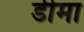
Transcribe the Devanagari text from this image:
डीमा